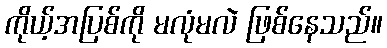
ကိုယ့်အပြစ်ကို မလုံမလဲ ဖြစ်နေသည်။